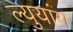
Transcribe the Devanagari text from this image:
ल्युयांग